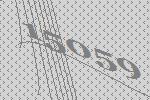
15059